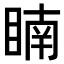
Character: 𥈶